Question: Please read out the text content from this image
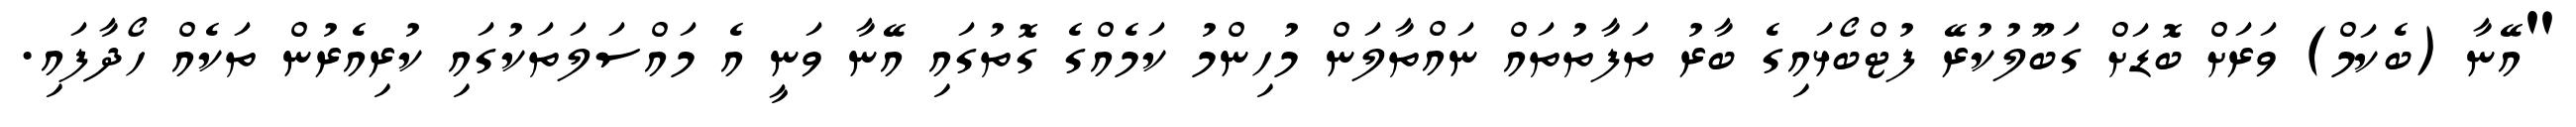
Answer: "އޭނާ (ބެކަމް) ވަރަށް ބޮޑަށް ގަބޫލުކުރޭ ފުޓްބޯޅައިގެ ބާރު ތަފާތުތައް ނައްތާލަން މުހިންމު ކަމެއްގެ ގޮތުގައި އޭނާ ވަނީ އެ މައްސަލަތަކުގައި ކުރިއެރުން ތަކެއް ހޯދާފައި.